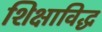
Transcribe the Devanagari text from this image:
शिक्षाविद्ध